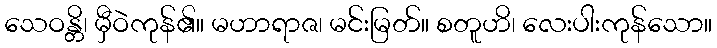
သေဝန္တိ၊ မှီဝဲကုန်၏။ မဟာရာဇ၊ မင်းမြတ်။ စတူဟိ၊ လေးပါးကုန်သော။